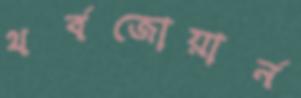
থর্বজোয়ার্ন